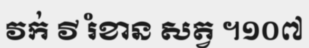
វក់ វី រំខាន សត្វ ។១០៧